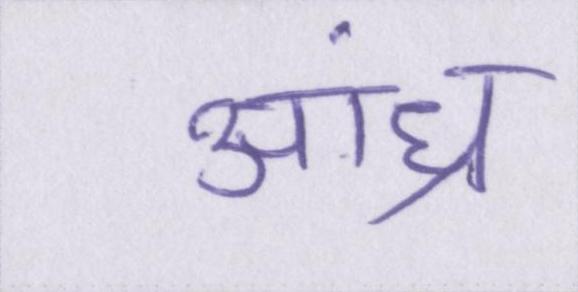
आंध्र